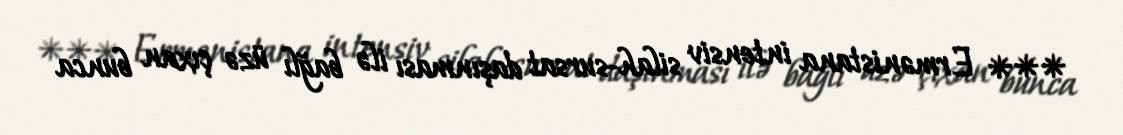
*** Ermənistana intensiv silah-sursat daşınması ilə bağlı üzə çıxan bunca